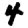
Digit: 4